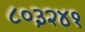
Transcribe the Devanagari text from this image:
८०३२४१